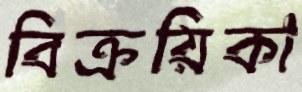
বিক্রয়িকা